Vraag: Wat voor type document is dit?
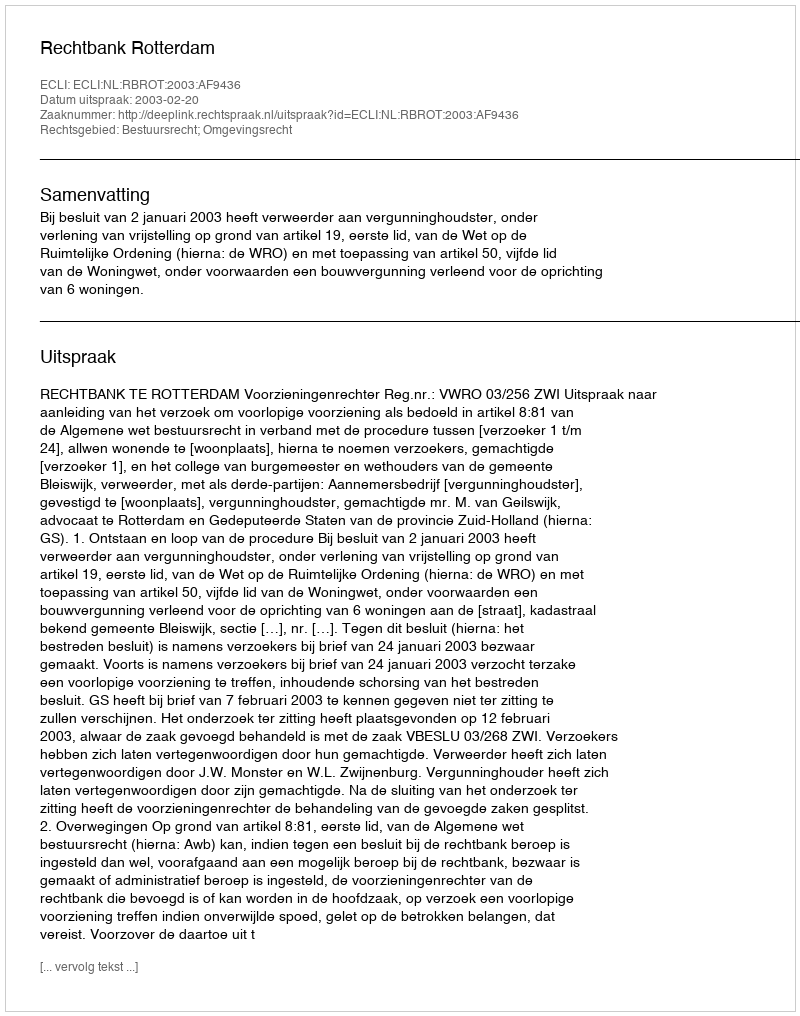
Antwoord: Uitspraak